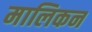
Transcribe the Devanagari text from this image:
मालिकन